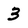
Character: 3